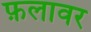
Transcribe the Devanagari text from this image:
फ़लावर